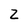
Character: Z